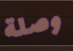
وصلة